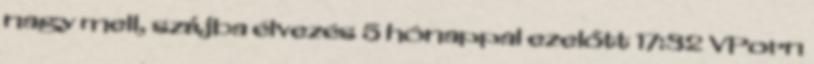
nagy mell, szájba élvezés 5 hónappal ezelőtt 17:32 VPorn